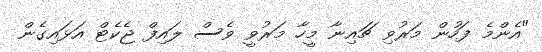
"އެންމެ ފަހުން މަރުވި ޗައިނާ މީހާ މަރުވީ ވެސް ލައިފް ޖެކެޓް އަޅައިގެން